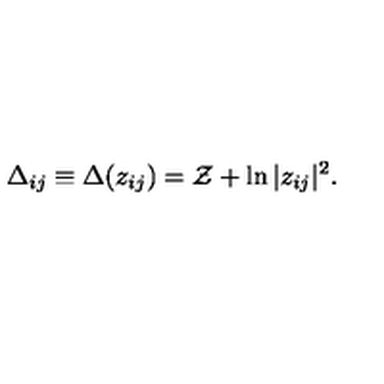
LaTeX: \Delta _ { i j } \equiv \Delta ( z _ { i j } ) = \mathcal { Z } + \ln | z _ { i j } | ^ { 2 } .